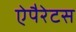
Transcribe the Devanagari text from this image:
ऐपैरेटस